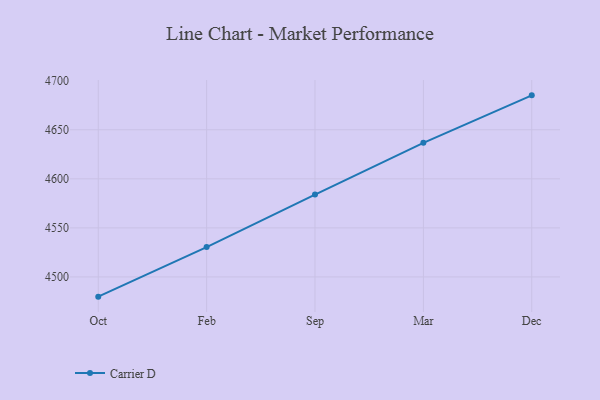
{"axis": {"x": "Month", "y": "Operating Costs (USD K)"}, "legend": ["Carrier D"], "data": [{"x": "Oct", "y": 4479.9, "type": "Carrier D"}, {"x": "Feb", "y": 4530.4, "type": "Carrier D"}, {"x": "Sep", "y": 4584.0, "type": "Carrier D"}, {"x": "Mar", "y": 4636.7, "type": "Carrier D"}, {"x": "Dec", "y": 4685.1, "type": "Carrier D"}]}